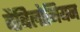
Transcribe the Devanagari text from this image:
बैबिलोनियन